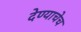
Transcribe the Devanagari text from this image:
देण्याचेच